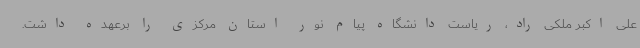
علی اکبر ملکی راد، ریاست دانشگاه پیام نور استان مرکزی را برعهده داشت.